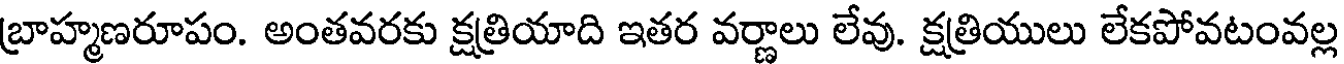
బ్రాహ్మణరూపం. అంతవరకు క్షత్రియాది ఇతర వర్ణాలు లేవు. క్షత్రియులు లేకపోవటంవల్ల